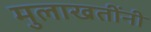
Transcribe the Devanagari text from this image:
मुलाखतींनी